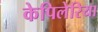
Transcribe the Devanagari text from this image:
केपिलेरिया